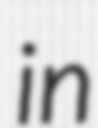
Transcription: in